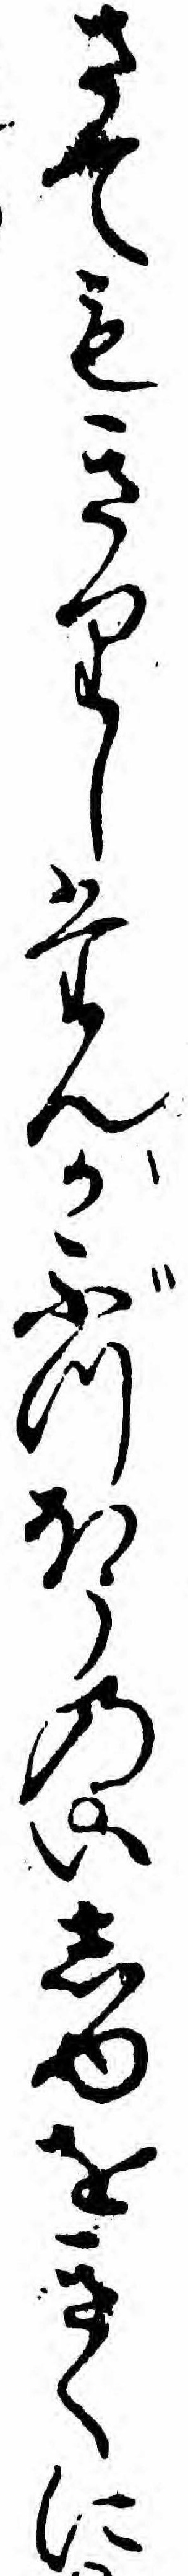
さてもきりしたんがぶつほうのいしゆをきくに